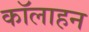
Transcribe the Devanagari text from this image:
कॉलाहन